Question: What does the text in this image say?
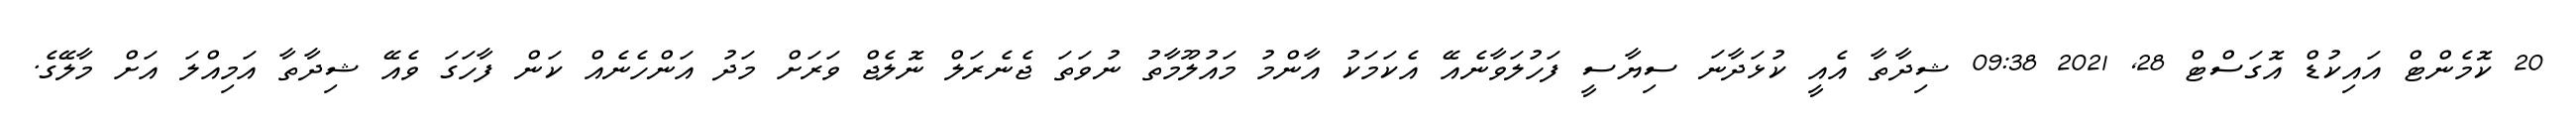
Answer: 20 ކޮމެންޓް އައިކުޑް އޮގަސްޓް 28, 2021 09:38 ޝިދާތާ އެއީ ކުޅަދާނަ ސިޔާސީ ފަހުލަވާނެއޭ އެކަމަކު އާންމު މައުލޫމާތު ނުވަތަ ޖެނެރަލް ނޮލެޖް ވަރަށް މަދު އަންހެނެއް ކަން ފާހަގަ ވެއޭ ޝިދާތާ އަމިއްލަ އަށް މާލޭގެ.